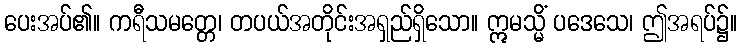
ပေးအပ်၏။ ကရီသမတ္တေ၊ တပယ်အတိုင်းအရှည်ရှိသော။ ဣမသ္မိံ ပဒေသေ၊ ဤအရပ်၌။